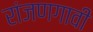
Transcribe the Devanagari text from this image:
रांजणगावी